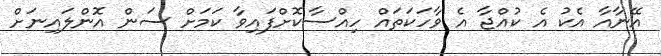
އޭނާއާ އެކު އެ ކުއްޖާ އެ ވާހަކަތައް ހިއްސާކޮށްފައިވާ ކަމަށް ސަން އޮންލައިނަށް